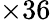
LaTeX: \times 36